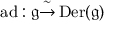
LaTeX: \operatorname { a d } : { \mathfrak { g } } { \overset { \sim } { \to } } \operatorname { D e r } ( { \mathfrak { g } } )